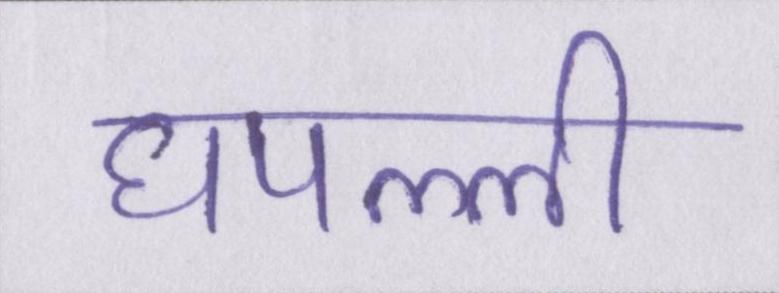
घपल्ली